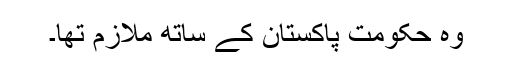
وہ حکومتِ پاکستان کے ساتھ ملازم تھا۔